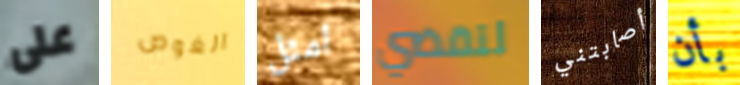
على الغوص امثل لتقضي أصابتني بأن